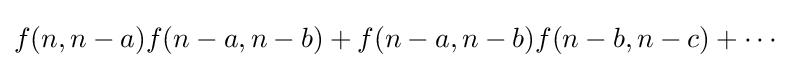
f(n,n-a)f(n-a,n-b)+f(n-a,n-b)f(n-b,n-c)+\cdots